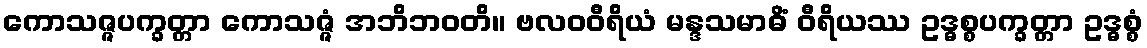
ကောသဇ္ဇပက္ခတ္တာ ကောသဇ္ဇံ အဘိဘဝတိ။ ဗလဝဝီရိယံ မန္ဒသမာဓိံ ဝီရိယဿ ဥဒ္ဓစ္စပက္ခတ္တာ ဥဒ္ဓစ္စံ